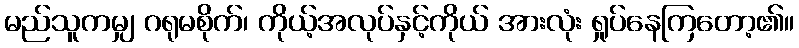
မည်သူကမျှ ဂရုမစိုက်၊ ကိုယ့်အလုပ်နှင့်ကိုယ် အားလုံး ရှုပ်နေကြတော့၏။